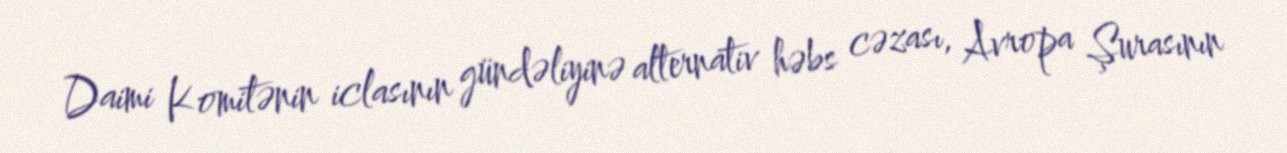
Daimi Komitənin iclasının gündəliyinə alternativ həbs cəzası, Avropa Şurasının